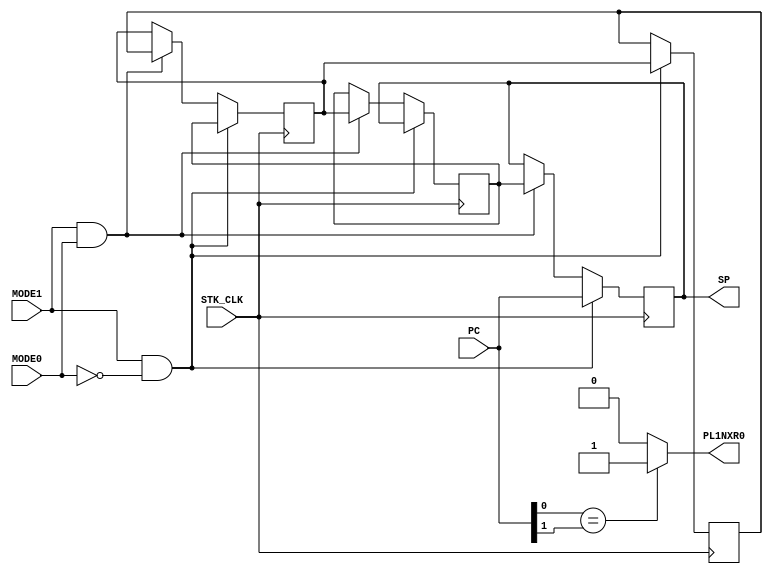
module DG0040_SHIFTREGS(
input wire STK_CLK,
input wire MODE1,
input wire MODE0,
input wire[9:0] PC,
output wire[9:0] SP,
output wire PL1NXR0
);
	
	reg[9:0] SPA;
	reg[9:0] SPB;
	reg[9:0] SPC;
	reg[9:0] SPD;
	
	assign PL1NXR0 = (PC[0]==PC[1]) ? 1'b1:1'b0;
	assign SP = SPA;
	

always @(posedge STK_CLK)begin
		if((MODE1== 1'b1)&&( MODE0==1'b0)) begin
			SPD<= SPC;
		end
		else if((MODE1==1'b1 )&&( MODE0==1'b1)) begin	
			SPD <= SPD;
		end
		else begin
			SPD <= SPD;
		end
	end

always @(posedge STK_CLK)begin
		if((MODE1== 1'b1)&&( MODE0==1'b0)) begin
			SPC<= SPB;
		end
		else if((MODE1==1'b1 )&&( MODE0==1'b1)) begin	
			SPC <= SPD;
		end
		else begin
			SPC <= SPC;
		end
	end

always @(posedge STK_CLK)begin
		if((MODE1== 1'b1)&&( MODE0==1'b0)) begin
			SPB<= SPA;
		end
		else if((MODE1==1'b1 )&&( MODE0==1'b1)) begin	
			SPB<= SPC;
		end
		else begin
			SPB<= SPB;
		end
	end

always @(posedge STK_CLK)begin
		if((MODE1== 1'b1)&&( MODE0==1'b0)) begin
			SPA <=PC;
		end
		else if((MODE1==1'b1 )&&( MODE0==1'b1)) begin	
			SPA<= SPB;
		end
		else begin
			SPA<= SPA;
		end
	end
endmodule